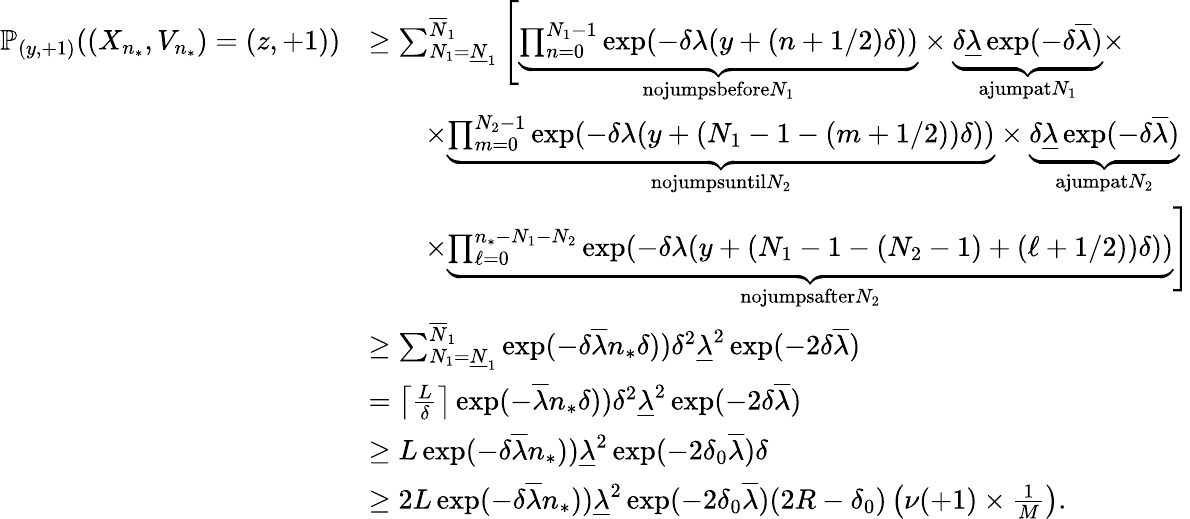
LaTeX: \begin{array}{rl}{\mathbb{P}_{(y,+1)}((X_{n_{*}},V_{n_{*}})=(z,+1))}&{\geq\sum_{N_{1}=\underline{{N}}_{1}}^{\overline{{N}}_{1}}\Bigg[\underbrace{\prod_{n=0}^{N_{1}-1}\exp(-\delta\lambda(y+(n+1/2)\delta))}_{\textnormal{nojumpsbefore}N_{1}}\times\underbrace{\delta\underline{{\lambda}}\exp(-\delta\overline{{\lambda}})}_{\textnormal{ajumpat}N_{1}}\times}\\ &{\qquad\times\underbrace{\prod_{m=0}^{N_{2}-1}\exp(-\delta\lambda(y+(N_{1}-1-(m+1/2))\delta))}_{\textnormal{nojumpsuntil}N_{2}}\times\underbrace{\delta\underline{{\lambda}}\exp(-\delta\overline{{\lambda}})}_{\textnormal{ajumpat}N_{2}}}\\ &{\qquad\times\underbrace{\prod_{\ell=0}^{n_{*}-N_{1}-N_{2}}\exp(-\delta\lambda(y+(N_{1}-1-(N_{2}-1)+(\ell+1/2))\delta))}_{\textnormal{nojumpsafter}N_{2}}\Bigg]}\\ &{\geq\sum_{N_{1}=\underline{{N}}_{1}}^{\overline{{N}}_{1}}\exp(-\delta\overline{{\lambda}}n_{*}\delta))\delta^{2}\underline{{\lambda}}^{2}\exp(-2\delta\overline{{\lambda}})}\\ &{=\left\lceil\frac{L}{\delta}\right\rceil\exp(-\overline{{\lambda}}n_{*}\delta))\delta^{2}\underline{{\lambda}}^{2}\exp(-2\delta\overline{{\lambda}})}\\ &{\geq L\exp(-\delta\overline{{\lambda}}n_{*}))\underline{{\lambda}}^{2}\exp(-2\delta_{0}\overline{{\lambda}})\delta}\\ &{\geq 2L\exp(-\delta\overline{{\lambda}}n_{*}))\underline{{\lambda}}^{2}\exp(-2\delta_{0}\overline{{\lambda}})(2R-\delta_{0})\left(\nu(+1)\times\frac{1}{M}\right).}\end{array}